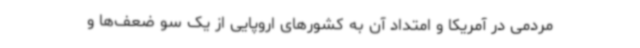
مردمی در آمریکا و امتداد آن به کشورهای اروپایی از یک سو ضعف‌ها و